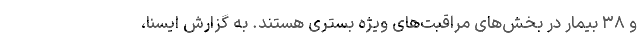
و ۳۸ بیمار در بخش‌های مراقبت‌های ویژه بستری هستند. به گزارش ایسنا،